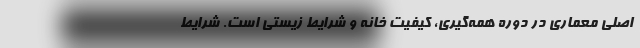
اصلی معماری در دوره همه‌گیری، کیفیت خانه و شرایط زیستی است. شرایط